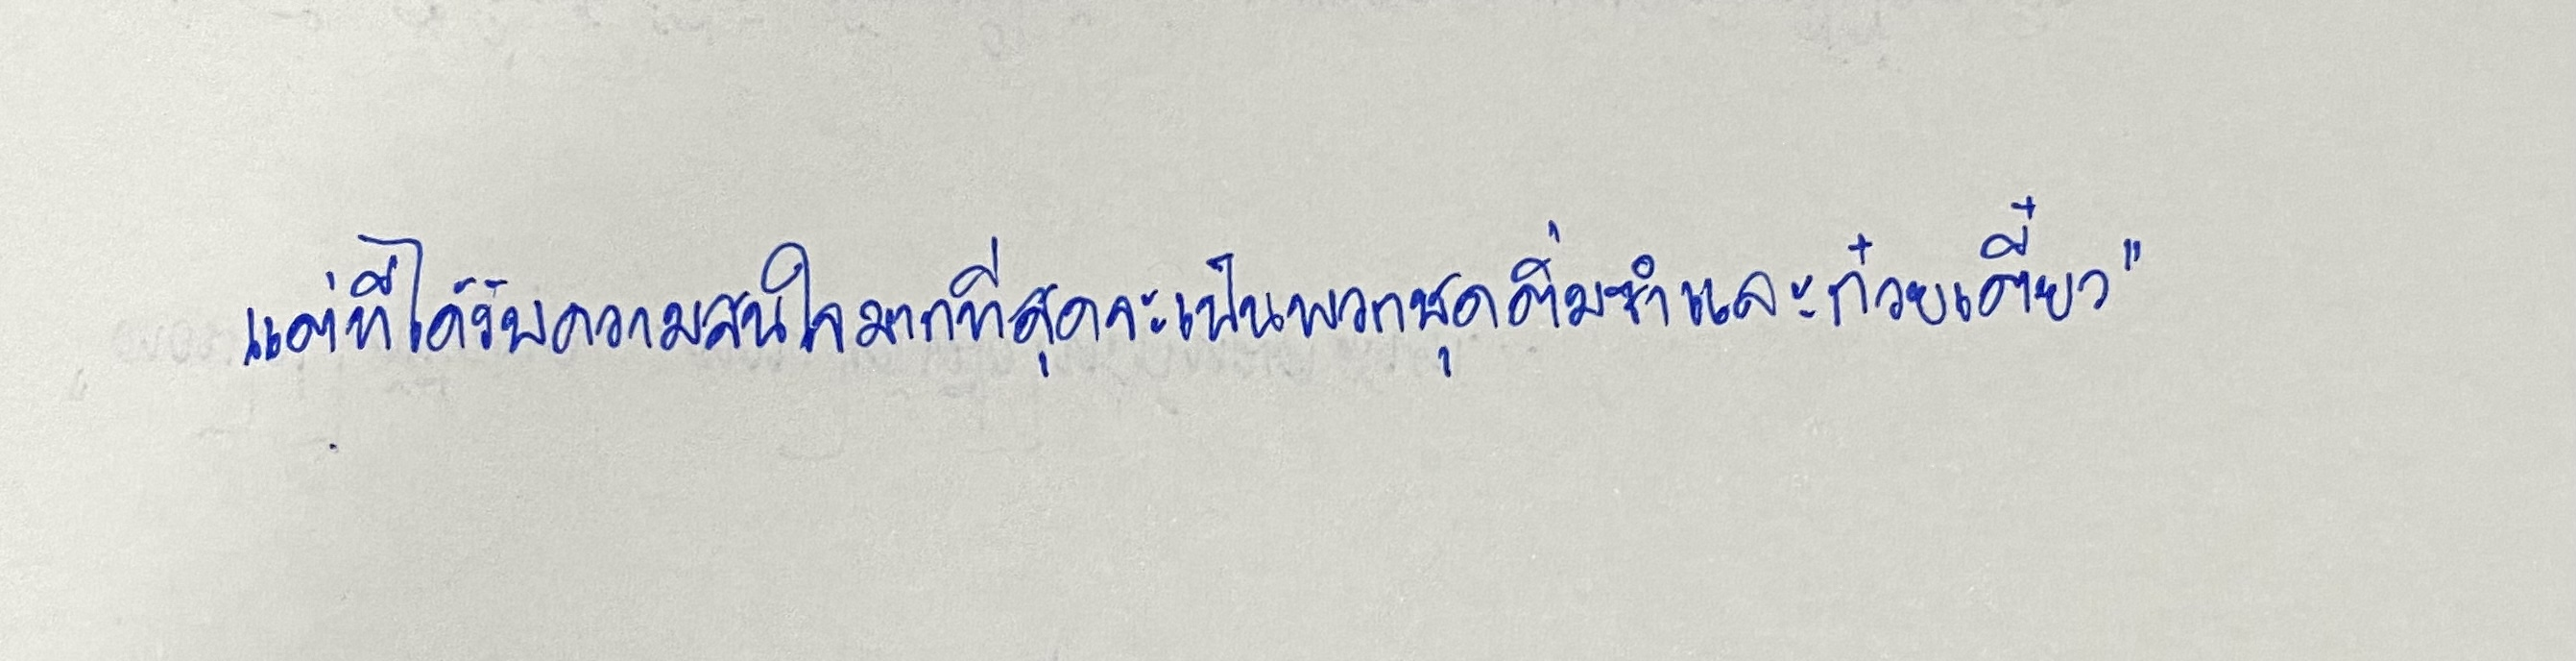
แต่ที่ได้รับความสนใจมากที่สุดจะเป็นพวกชุดติ่มซำและก๋วยเตี๋ยว"